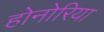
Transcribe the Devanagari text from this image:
होनोरिया